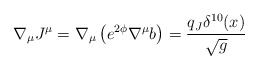
\begin{align*}\nabla_\mu J^\mu =\nabla_\mu\left(e^{2\phi}\nabla^\mu b\right) =\frac{q_J \delta^{10}(x)}{\sqrt{g}}\end{align*}